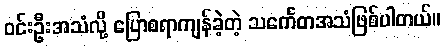
ဝင်းဦးအသံလို့ ပြောစရာကျန်ခဲ့တဲ့ သင်္ကေတအသံဖြစ်ပါတယ်။